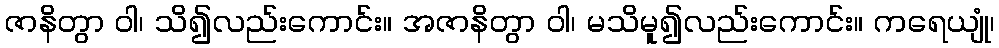
ဇာနိတွာ ဝါ၊ သိ၍လည်းကောင်း။ အဇာနိတွာ ဝါ၊ မသိမူ၍လည်းကောင်း။ ကရေယျုံ၊